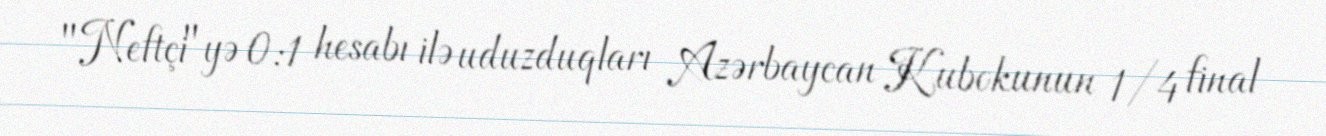
"Neftçi"yə 0:1 hesabı ilə uduzduqları Azərbaycan Kubokunun 1/4 final